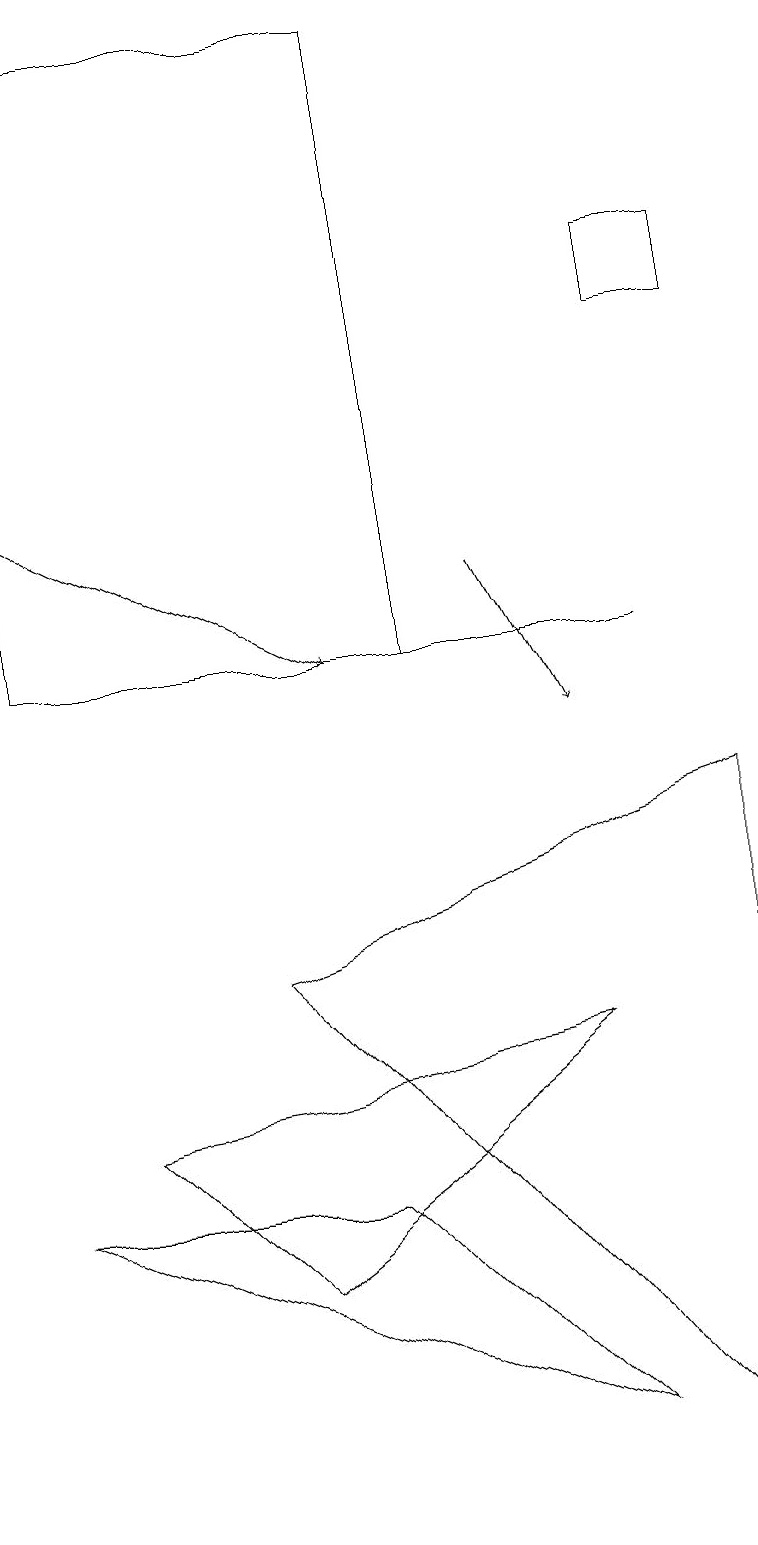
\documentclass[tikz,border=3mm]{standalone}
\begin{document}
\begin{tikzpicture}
\draw (7,1) -- (0,4) -- (4,4) -- cycle;
\draw (7,6) -- (1,5) -- (3,3) -- cycle;
\draw (5,19) rectangle (0,11);
\draw (8,16) rectangle (9,15);
\draw[->] (6,12) -- (7,10);
\draw (5,11) rectangle (8,11);
\draw[->] (0,13) -- (4,11);
\draw (9,9) -- (3,7) -- (9,0) -- cycle;
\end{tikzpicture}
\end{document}